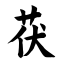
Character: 茯